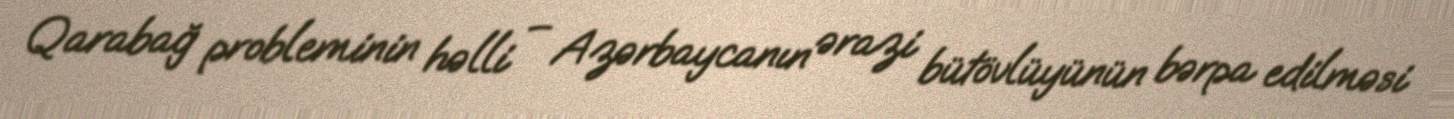
Qarabağ probleminin həlli – Azərbaycanın ərazi bütövlüyünün bərpa edilməsi